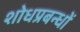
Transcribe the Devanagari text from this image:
शोधप्रबन्धों